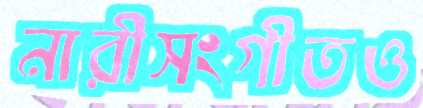
নারীসংগীতও